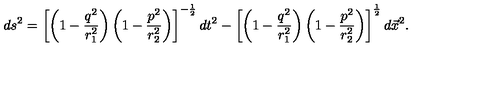
d s ^ { 2 } = \left[ \left( 1 - \frac { q ^ { 2 } } { r _ { 1 } ^ { 2 } } \right) \left( 1 - \frac { p ^ { 2 } } { r _ { 2 } ^ { 2 } } \right) \right] ^ { - \frac { 1 } { 2 } } d t ^ { 2 } - \left[ \left( 1 - \frac { q ^ { 2 } } { r _ { 1 } ^ { 2 } } \right) \left( 1 - \frac { p ^ { 2 } } { r _ { 2 } ^ { 2 } } \right) \right] ^ { \frac { 1 } { 2 } } d \vec { x } ^ { 2 } .